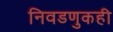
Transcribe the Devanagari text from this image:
निवडणुकही